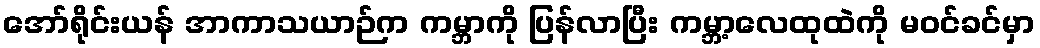
အော်ရိုင်းယန် အာကာသယာဉ်က ကမ္ဘာကို ပြန်လာပြီး ကမ္ဘာ့လေထုထဲကို မဝင်ခင်မှာ